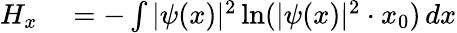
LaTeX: \begin{array}{rl}{H_{x}}&{{}=-\int|\psi(x)|^{2}\ln(|\psi(x)|^{2}\cdot x_{0})\, dx}\end{array}